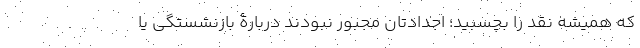
که همیشه نقد را بچسبید؛ اجدادتان مجبور نبودند دربارۀ بازنشستگی یا